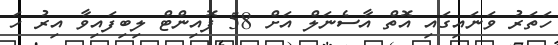
ހަތަރު ވަނައިގައި އޮތް އާސެނަލް އަށް 58 ޕޮއިންޓް ލިބިފައިވާ އިރު ހަ